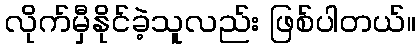
လိုက်မှီနိုင်ခဲ့သူလည်း ဖြစ်ပါတယ်။